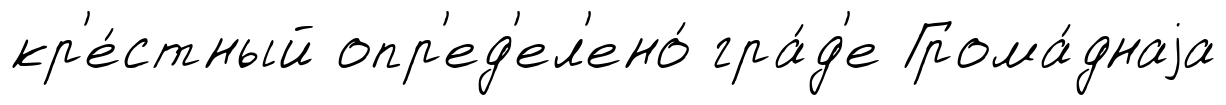
кр'е́стный опр'ед'ел'ено́ гра́д'е Грома́днаjа